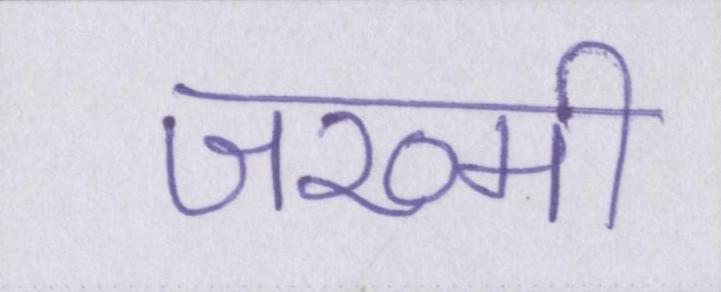
जख्मी